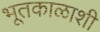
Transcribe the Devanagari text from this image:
भूतकाळाशी